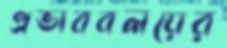
প্রভাববলয়ের